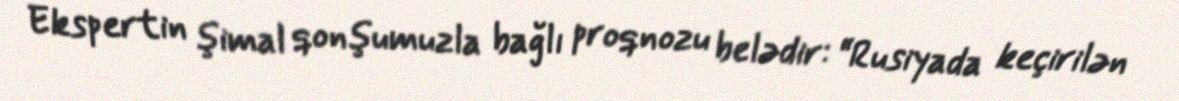
Ekspertin şimal qonşumuzla bağlı proqnozu belədir: “Rusiyada keçirilən